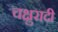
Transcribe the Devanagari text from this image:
चक्षुरादी